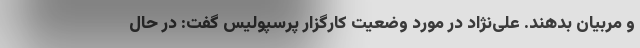
و مربیان بدهند. علی‌نژاد در مورد وضعیت کارگزار پرسپولیس گفت: در حال